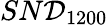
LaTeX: SN\mathcal{D}_{1200}